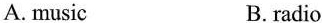
A.music B.radio